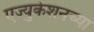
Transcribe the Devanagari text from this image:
एज्युकेशनच्या